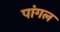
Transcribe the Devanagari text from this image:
पांगल